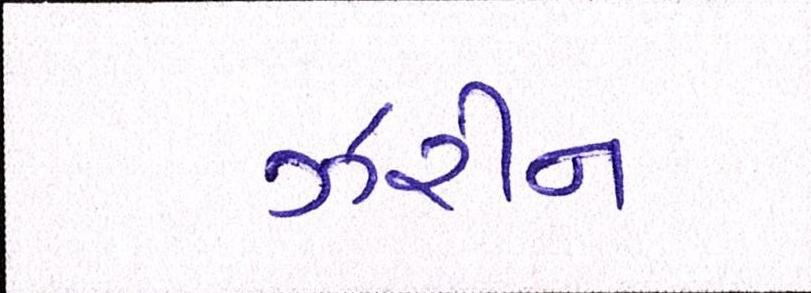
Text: ઝરીન